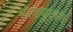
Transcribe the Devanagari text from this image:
मोड्युलन